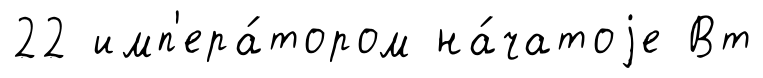
22 имп'ера́тором на́чатоjе Вт